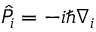
\hat { P } _ { i } = - i \hbar \nabla _ { i }